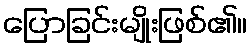
ပြောခြင်းမျိုးဖြစ်၏။